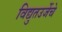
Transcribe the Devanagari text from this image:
विद्युतउर्जेचे